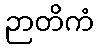
ဉာတိကံ